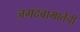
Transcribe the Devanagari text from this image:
जगदंबामातेची